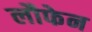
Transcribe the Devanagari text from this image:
लौफेन